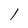
Character: 1